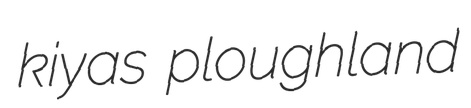
kiyas ploughland